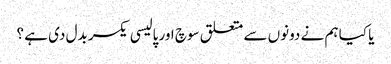
یا کیا ہم نے دونوں سے متعلق سوچ اور پالیسی یکسر بدل دی ہے ؟